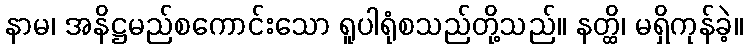
နာမ၊ အနိဋ္ဌမည်စကောင်းသော ရူပါရုံစသည်တို့သည်။ နတ္ထိ၊ မရှိကုန်ခဲ့။